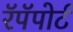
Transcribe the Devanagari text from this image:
रॅपॅपोर्ट